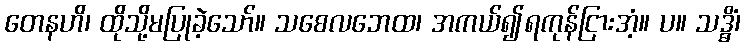
တေနဟိ၊ ထိုသို့မပြုခဲ့သော်။ သစေလဘေထ၊ အကယ်၍ရကုန်ငြားအံ့။ ပ။ သဒ္ဓိံ၊